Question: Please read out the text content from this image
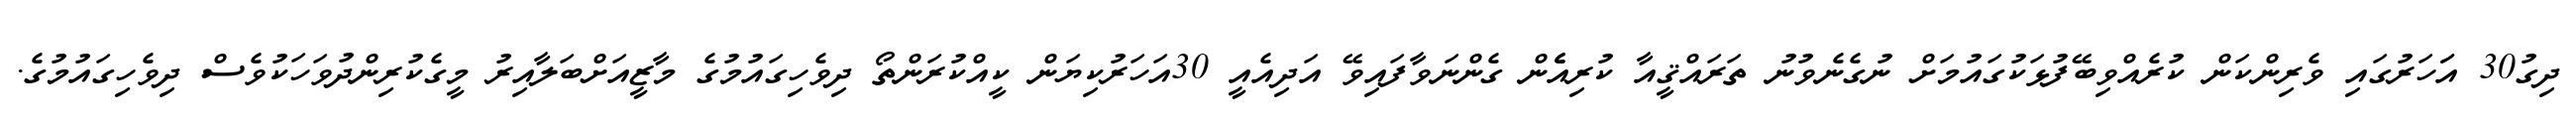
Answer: ދިގު30 އަަހަރުގައި ވެރިންކަން ކުރެއްވިބޭފުޅަކުގައުމަށް ނުގެނެވުނު ތަރައްޤީއާ ކުރިއެެން ގެންނަވާފައިވޭ އަދިއެއީ 30އަހަރުކިޔަން ކީއްކުރަންތޯ ދިވެހިގައުމުގެ މާޒީއަށްބަލާއިރު މީގެކުރިންދުވަހަކުވެސް ދިވެހިގައުމުގެ.